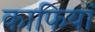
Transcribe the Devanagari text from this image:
काफियां